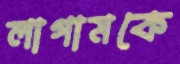
লাগামকে